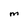
Character: M